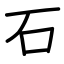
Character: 石